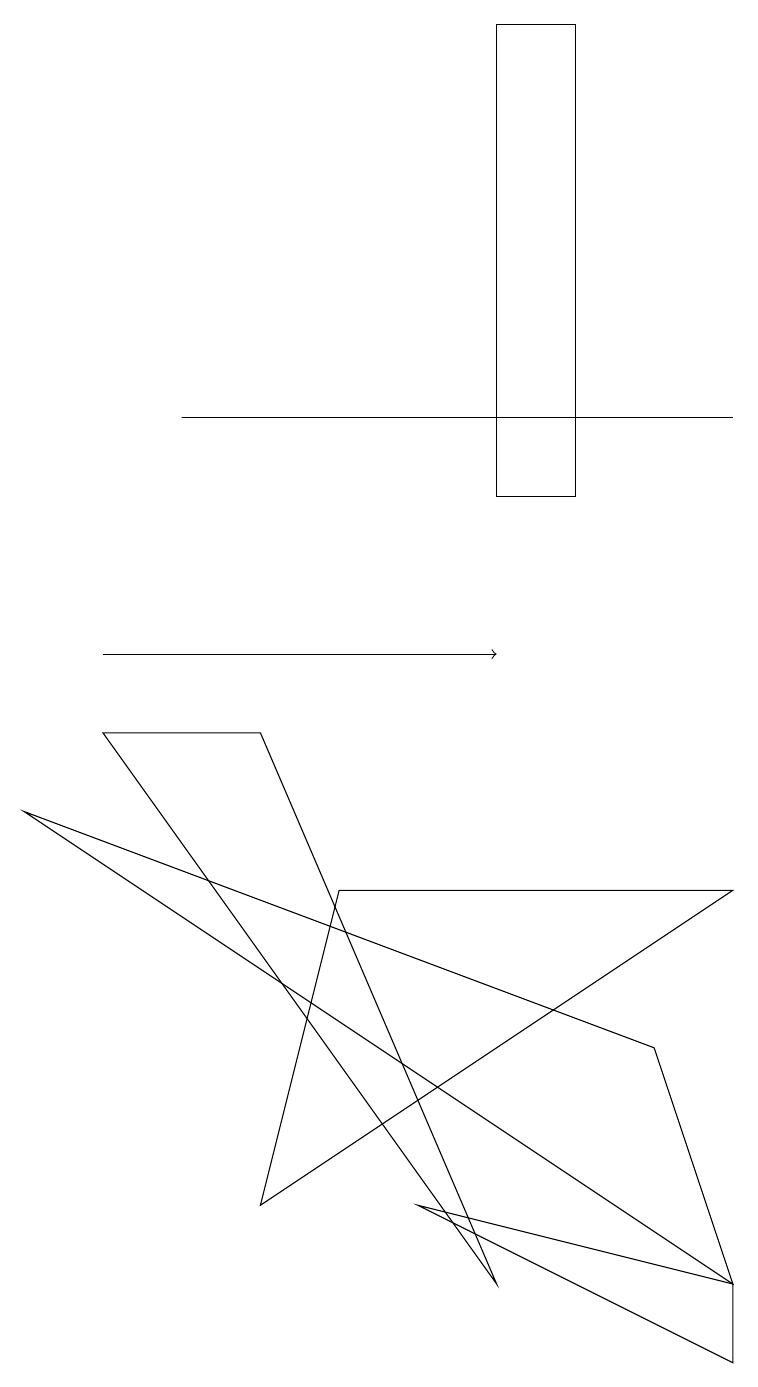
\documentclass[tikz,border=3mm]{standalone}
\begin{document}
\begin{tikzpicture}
\draw (6,2) -- (1,9) -- (3,9) -- cycle;
\draw (6,18) rectangle (7,12);
\draw (5,3) -- (9,2) -- (9,1) -- cycle;
\draw[->] (1,10) -- (6,10);
\draw (4,7) -- (9,7) -- (3,3) -- cycle;
\draw (2,13) rectangle (9,13);
\draw (9,2) -- (8,5) -- (0,8) -- cycle;
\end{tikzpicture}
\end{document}